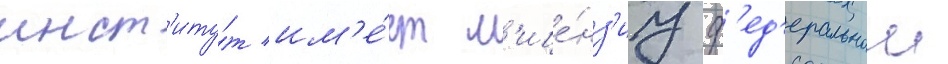
инст'иту́т им'е́ет л'ице́нз'иу ф'ед'еральнои